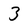
Character: 3